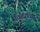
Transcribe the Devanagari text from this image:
देवड्यांच्या